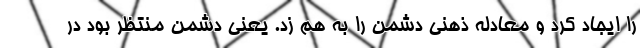
را ایجاد کرد و معادله ذهنی دشمن را به هم زد. یعنی دشمن منتظر بود در